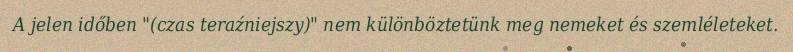
A jelen időben "(czas teraźniejszy)" nem különböztetünk meg nemeket és szemléleteket.